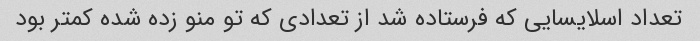
تعداد اسلایسایی که فرستاده شد از تعدادی که تو منو زده شده کمتر بود